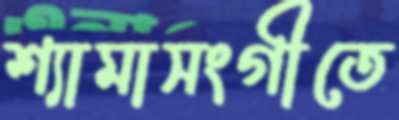
শ্যামাসংগীতে